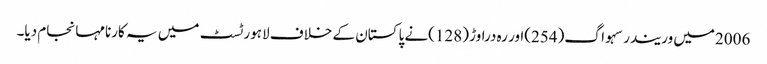
2006میں وریندر سہواگ(254)اور رہ دراوڑ (128)نے پاکستان کے خلاف لاہور ٹسٹ میں یہ کارنامہانجام دیا۔